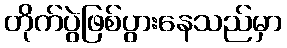
တိုက်ပွဲဖြစ်ပွားနေသည်မှာ